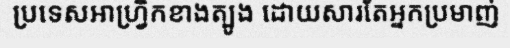
ប្រទេសអាហ្វ្រិកខាងត្បូង ដោយសារតែអ្នកប្រមាញ់